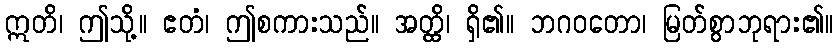
ဣတိ၊ ဤသို့။ ဧတံ၊ ဤစကားသည်။ အတ္ထိ၊ ရှိ၏။ ဘဂဝတော၊ မြတ်စွာဘုရား၏။